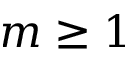
m \geq 1